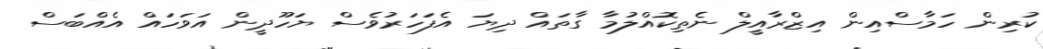
ކުރިން ހަމާސްއިން އިޒްރާއީލް ނެތިކޮއްލުމާ ގާތައް ދިޔަ އެފަހަރުވެސް ޔަހޫދީން އަވަހައް އެއްބަސް